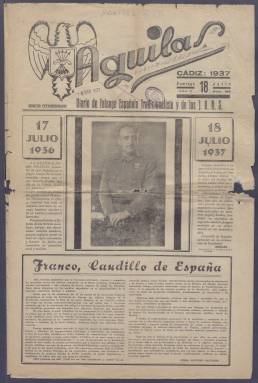
Título: Águilas (Cádiz)
Colección: Periódicos || Guerra civil
Ámbito geográfico: Cádiz
Lugar de publicación: Cádiz
Fechas: 18/07/1937-31/10/1937